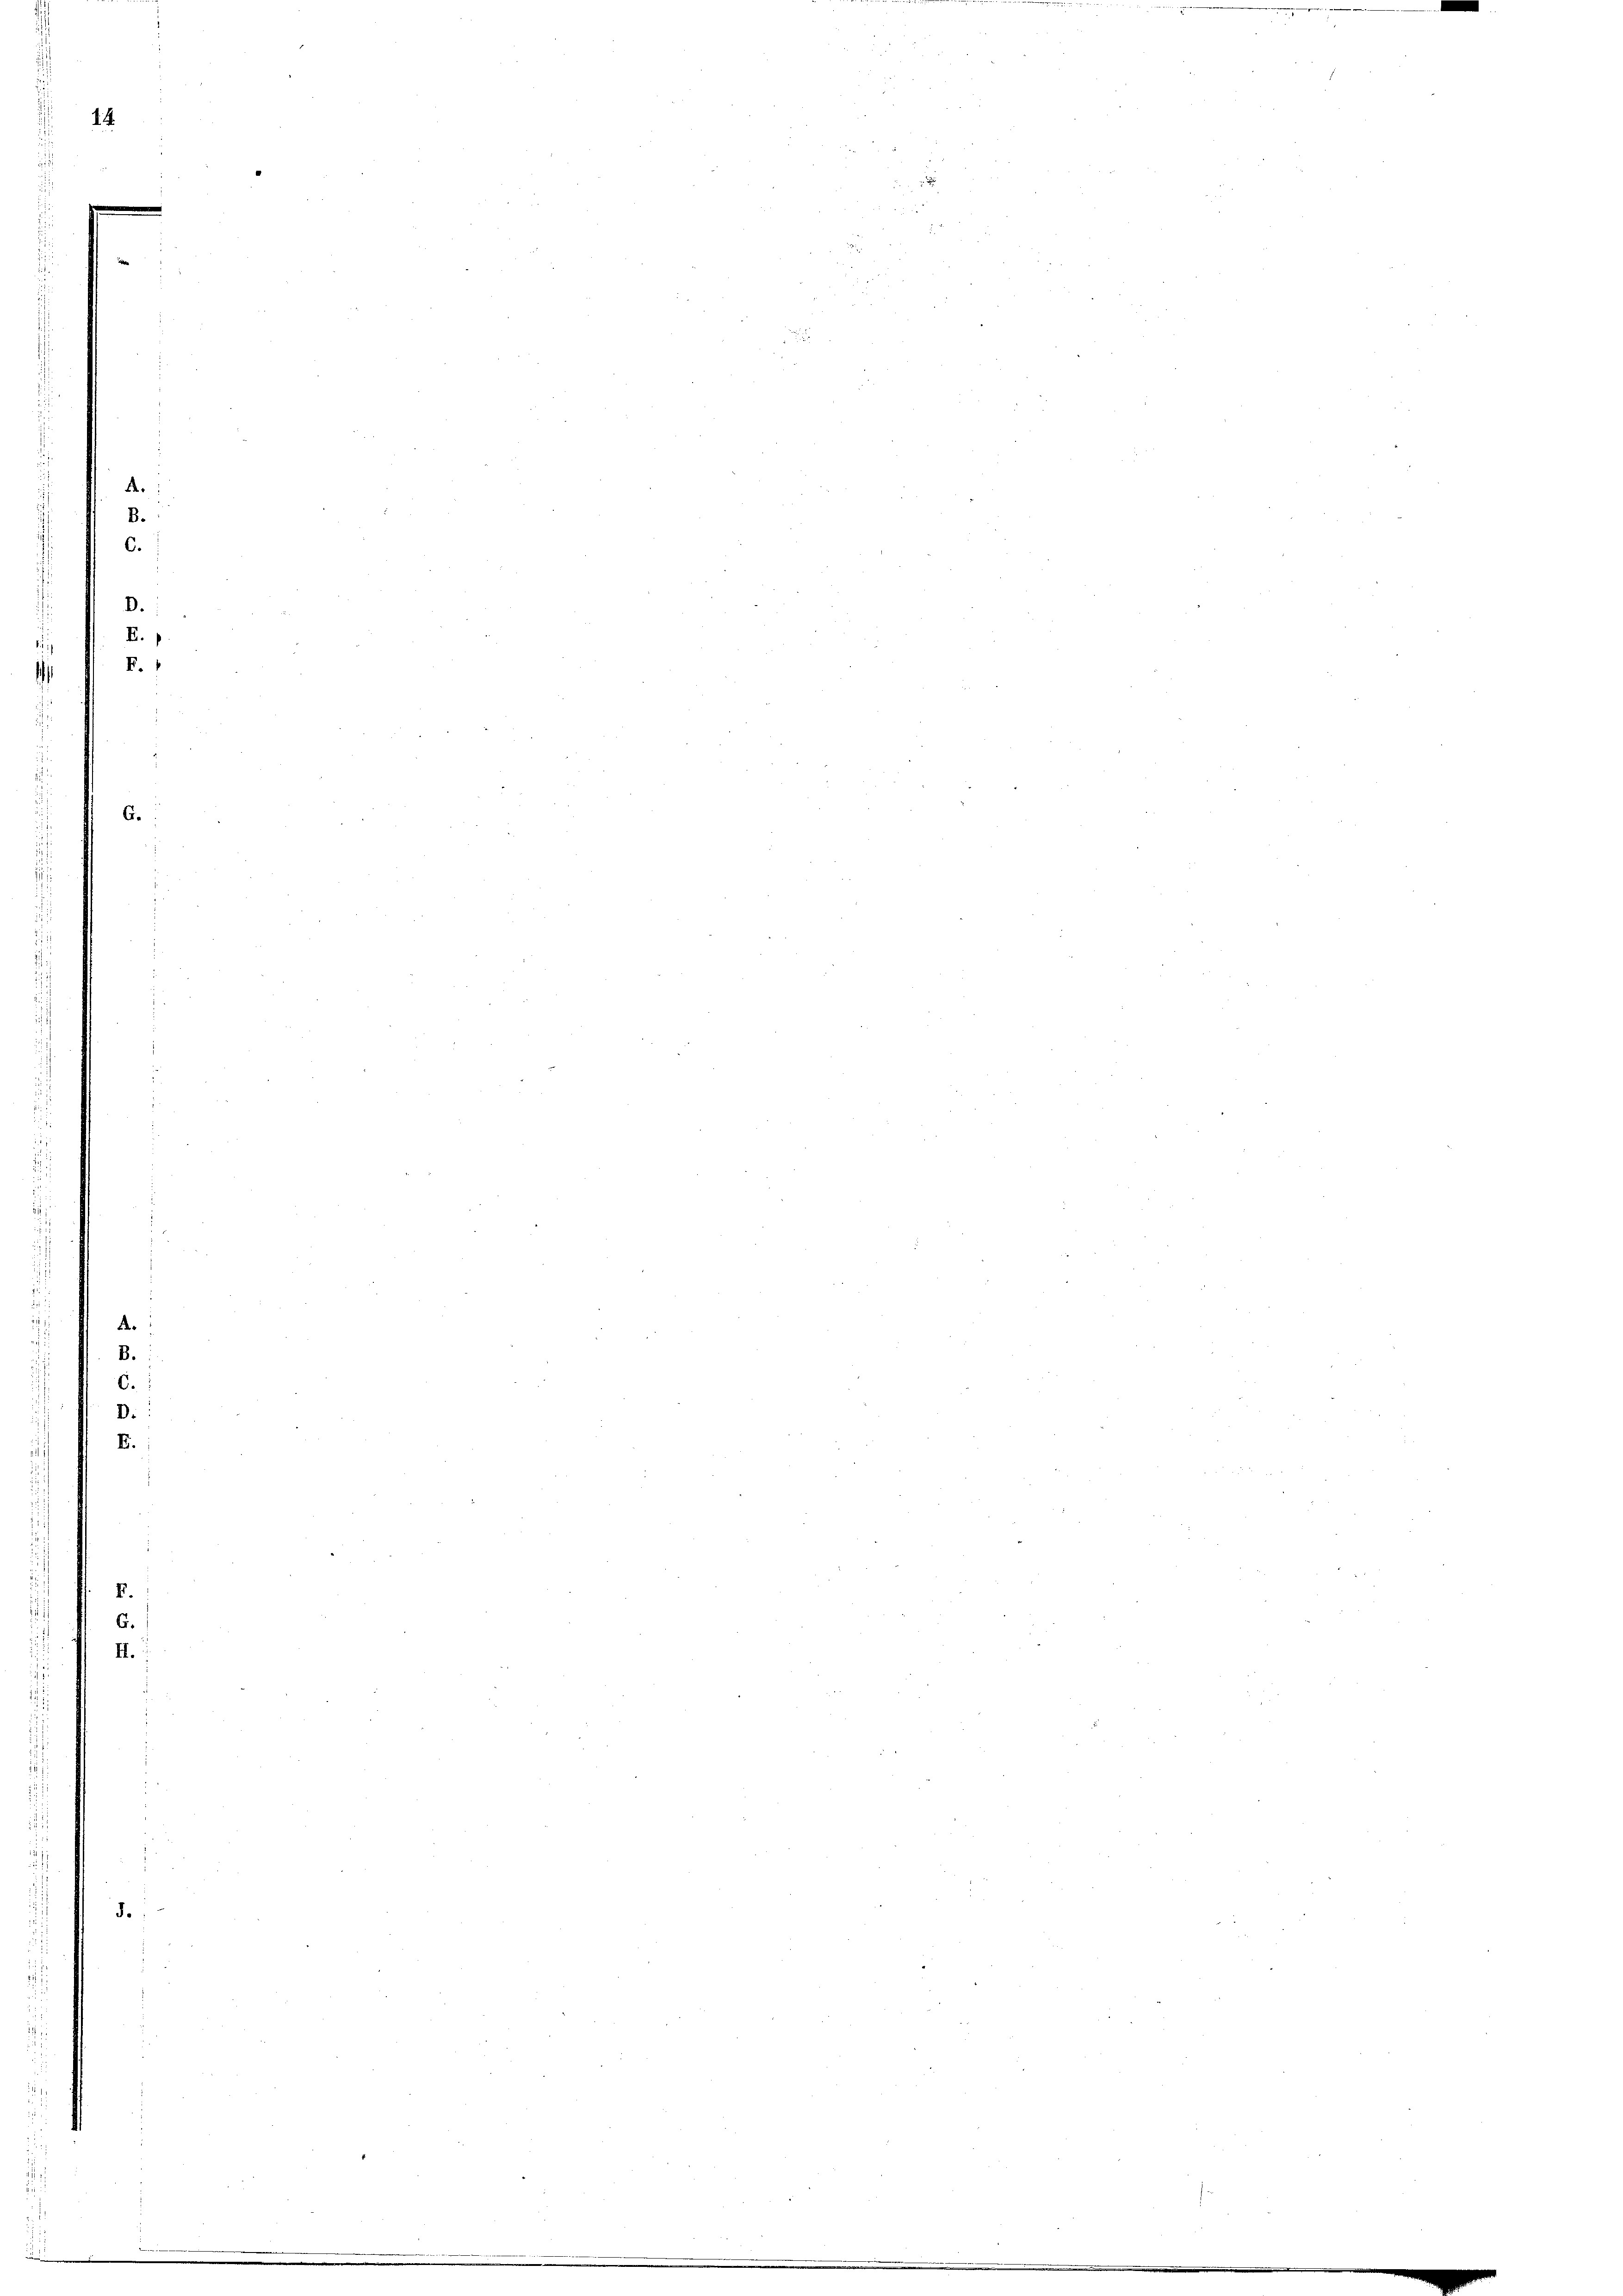
14.

.
8.
6.
D.
E.
F.

G.

.
B.

E.
.
II.